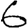
Digit: 6